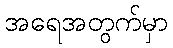
အရေအတွက်မှာ